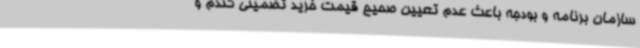
سازمان برنامه و بودجه باعث عدم تعیین صحیح قیمت خرید تضمینی گندم و